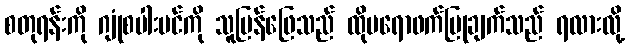
စတုရန်းကို ဂျုံစပါးပင်ကို သူပြန်ဖြေသည် ထိုပရောဖက်ပြုချက်သည် ရလားလို့